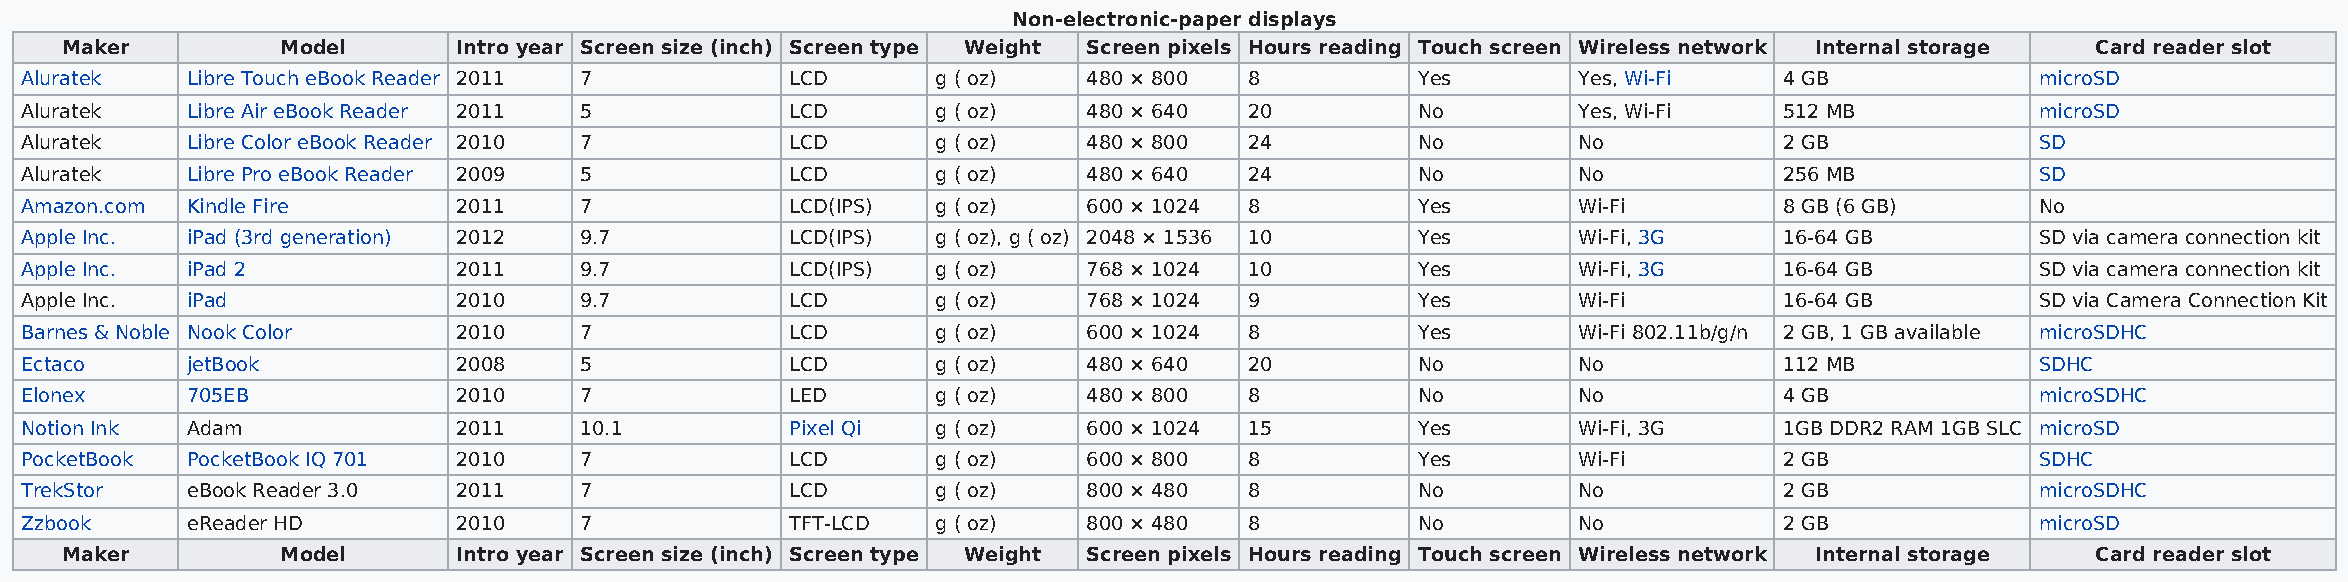
Non-electronic-paper displays
 Maker          Model      Intro year Screen size (inch) Screen type Weight Screen pixels Hours reading Touch screen Wireless network Internal storage Card reader slot
 Aluratek   Libre Touch eBook Reader 2011 7         LCD       g ( oz)   480 × 800  8          Yes       Yes, Wi-Fi    4 GB             microSD
 Aluratek   Libre Air eBook Reader 2011 5           LCD       g ( oz)   480 × 640  20         No        Yes, Wi-Fi    512 MB           microSD
 Aluratek   Libre Color eBook Reader 2010 7         LCD       g ( oz)   480 × 800  24         No        No            2 GB             SD
 Aluratek   Libre Pro eBook Reader 2009 5           LCD       g ( oz)   480 × 640  24         No        No            256 MB           SD
 Amazon.com Kindle Fire       2011    7             LCD(IPS)  g ( oz)   600 × 1024 8          Yes       Wi-Fi         8 GB (6 GB)      No
 Apple Inc. iPad (3rd generation) 2012 9.7          LCD(IPS)  g ( oz), g ( oz) 2048 × 1536 10 Yes       Wi-Fi, 3G     16-64 GB         SD via camera connection kit
 Apple Inc. iPad 2            2011    9.7           LCD(IPS)  g ( oz)   768 × 1024 10         Yes       Wi-Fi, 3G     16-64 GB         SD via camera connection kit
 Apple Inc. iPad              2010    9.7           LCD       g ( oz)   768 × 1024 9          Yes       Wi-Fi         16-64 GB         SD via Camera Connection Kit
 Barnes & Noble Nook Color    2010    7             LCD       g ( oz)   600 × 1024 8          Yes       Wi-Fi 802.11b/g/n 2 GB, 1 GB available microSDHC
 Ectaco     jetBook           2008    5             LCD       g ( oz)   480 × 640  20         No        No            112 MB           SDHC
 Elonex     705EB             2010    7             LED       g ( oz)   480 × 800  8          No        No            4 GB             microSDHC
 Notion Ink Adam              2011    10.1          Pixel Qi  g ( oz)   600 × 1024 15         Yes       Wi-Fi, 3G     1GB DDR2 RAM 1GB SLC microSD
 PocketBook PocketBook IQ 701 2010    7             LCD       g ( oz)   600 × 800  8          Yes       Wi-Fi         2 GB             SDHC
 TrekStor   eBook Reader 3.0  2011    7             LCD       g ( oz)   800 × 480  8          No        No            2 GB             microSDHC
 Zzbook     eReader HD        2010    7             TFT-LCD   g ( oz)   800 × 480  8          No        No            2 GB             microSD
 Maker          Model      Intro year Screen size (inch) Screen type Weight Screen pixels Hours reading Touch screen Wireless network Internal storage Card reader slot